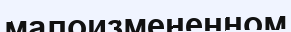
малоизмененном